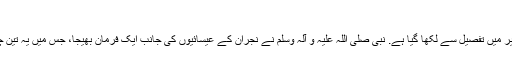
(ترجمہ کنزالعرفان، مفتی محمد قاسم) [4]
مباہلہ ایک مشہور واقعہ ہے جسے سیرت ابن اسحاق اور اور تفسیر ابن کثیر میں تفصیل سے لکھا گیا ہے. نبی صلی اللہ علیہ و آلہ وسلم نے نجران کے عیسائیوں کی جانب ایک فرمان بھیجا، جس میں یہ تین چیزیں تھیں اسلام قبول کرو، یا جزیہ ادا کرو یا جنگ کے لیے تیار ہو جاؤ۔